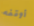
أوقفه